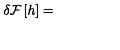
\delta { \cal F } \left[ h \right] =